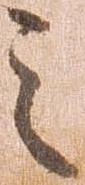
之